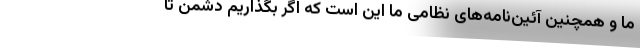
ما و همچنین آئین‌نامه‌های نظامی ما این است که اگر بگذاریم دشمن تا